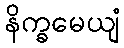
နိက္ခမေယျံ